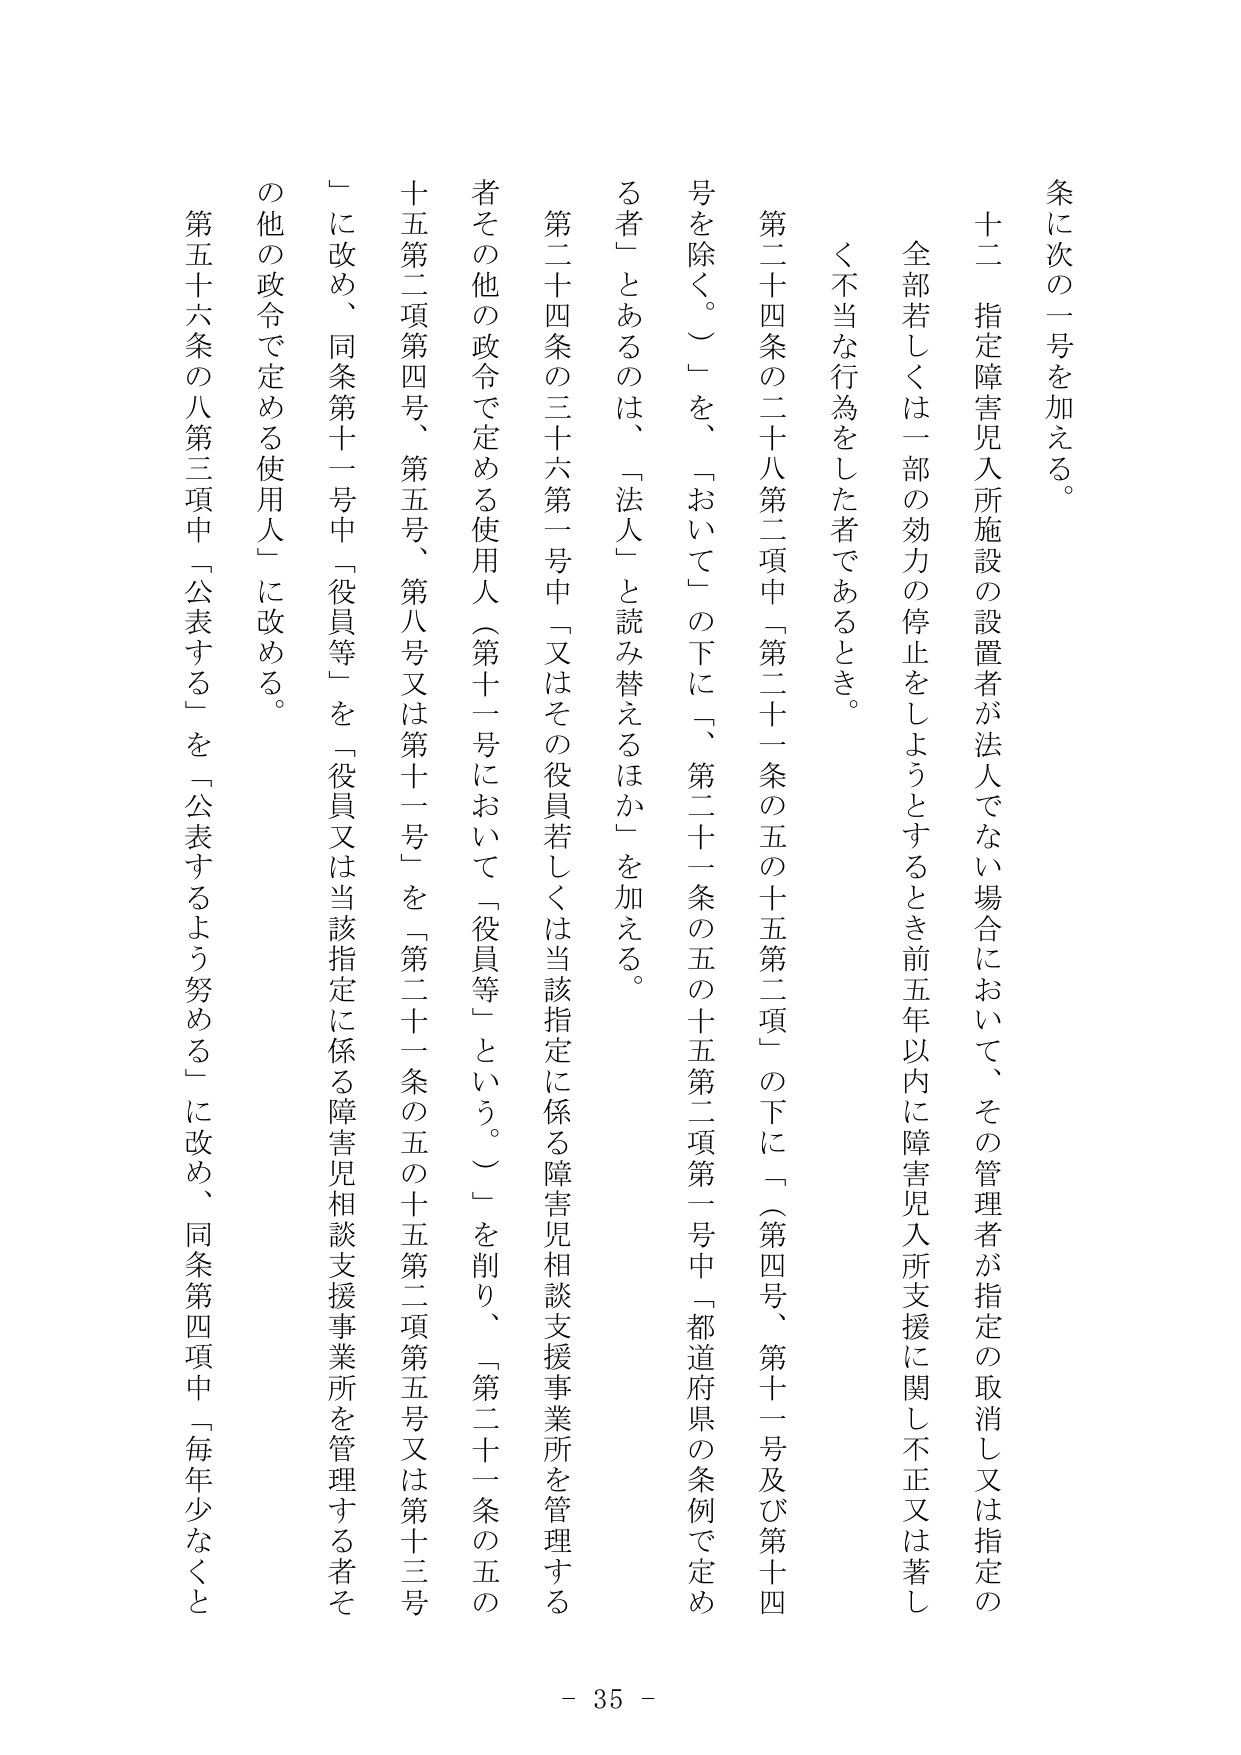
条に次の一号を加える。

十二　指定障害児入所施設の設置者が法人でない場合において、その管理者が指定の取消し又は指定の全部若しくは一部の効力の停止をしようとするとき前五年以内に障害児入所支援に関し不正又は著しく不当な行為をした者であるとき。

第二十四条の二十八第二項中「第二十一条の五の十五第二項」の下に「（第四号、第十一号及び第十四号を除く。）」を、「おいて」の下に「、第二十一条の五の十五第二項第一号中「都道府県の条例で定める者」とあるのは、「法人」と読み替えるほか」を加える。

第二十四条の三十六第一号中「又はその役員若しくは当該指定に係る障害児相談支援事業所を管理する者その他の政令で定める使用人（第十一号において「役員等」という。）」を削り、「第二十一条の五の十五第二項第四号、第五号、第八号又は第十一号」を「第二十一条の五の十五第二項第五号又は第十三号」に改め、同条第十一号中「役員等」を「役員又は当該指定に係る障害児相談支援事業所を管理する者その他の政令で定める使用人」に改める。

第五十六条の八第三項中「公表する」を「公表するよう努める」に改め、同条第四項中「毎年少なくと

- 35 -